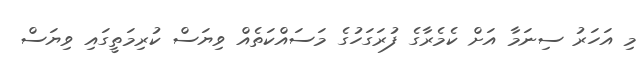
މި އަހަރު ސިނަމާ އަށް ކެމެރާގެ ފުރަގަހުގެ މަސައްކަތެއް ވިޔަސް ކުރިމަތީގައި ވިޔަސް